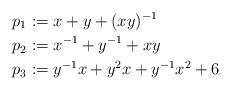
LaTeX: \begin{align*}p_1&:= x + y + (xy)^{-1} \\p_2&:= x^{-1} + y^{-1} + xy\\p_3&:= y^{-1}x + y^2x + y^{-1}x^2 +6\end{align*}